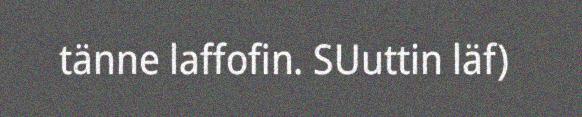
tänne laffofin. SUuttin läf)